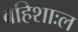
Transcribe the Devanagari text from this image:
बहिशाःल